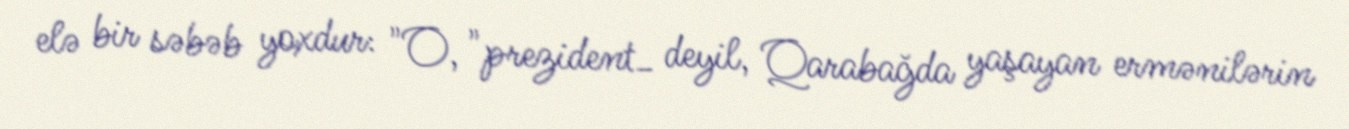
elə bir səbəb yoxdur: "O, "prezident_ deyil, Qarabağda yaşayan ermənilərin